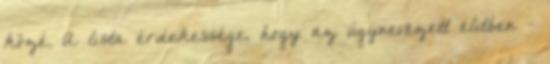
közé. A lista érdekessége, hogy az úgynevezett elitben -